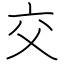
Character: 交